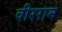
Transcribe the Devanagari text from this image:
वीरराम